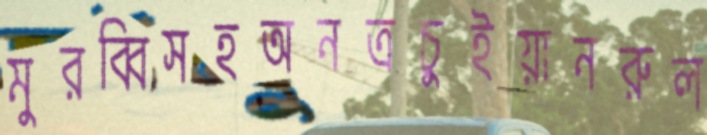
মুরব্বিসহঅনত্রচুইয়ানরুল